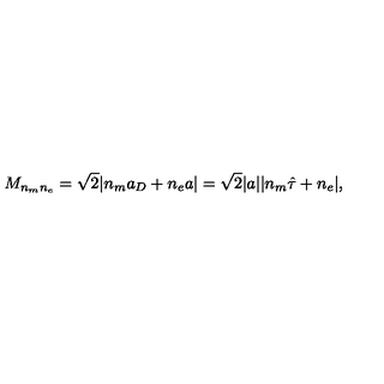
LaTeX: M _ { n _ { m } n _ { e } } = \sqrt 2 | n _ { m } a _ { D } + n _ { e } a | = \sqrt 2 | a | | n _ { m } \hat { \tau } + n _ { e } | ,